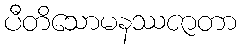
ပီတိသောမနဿဇာတာ